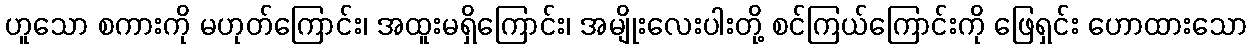
ဟူသော စကားကို မဟုတ်ကြောင်း၊ အထူးမရှိကြောင်း၊ အမျိုးလေးပါးတို့ စင်ကြယ်ကြောင်းကို ဖြေရှင်း ဟောထားသော